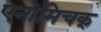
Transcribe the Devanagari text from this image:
एनोमिचक्